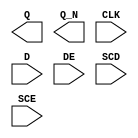
module sky130_fd_sc_ls__sedfxbp (
    Q  ,
    Q_N,
    CLK,
    D  ,
    DE ,
    SCD,
    SCE
);

    output Q  ;
    output Q_N;
    input  CLK;
    input  D  ;
    input  DE ;
    input  SCD;
    input  SCE;

    // Voltage supply signals
    supply1 VPWR;
    supply0 VGND;
    supply1 VPB ;
    supply0 VNB ;

endmodule